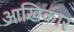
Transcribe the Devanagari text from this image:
आखिकार